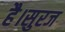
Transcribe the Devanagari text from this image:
है।सुरज